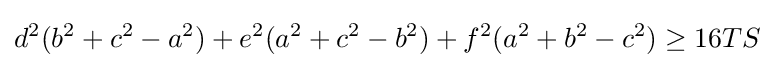
d^{2}(b^{2}+c^{2}-a^{2})+e^{2}(a^{2}+c^{2}-b^{2})+f^{2}(a^{2}+b^{2}-c^{2})\geq 16TS